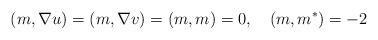
LaTeX: \begin{align*}(m, \nabla u) = (m, \nabla v) = (m, m) = 0 ,\quad (m, m^*) = -2\end{align*}